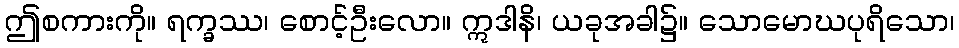
ဤစကားကို။ ရက္ခဿ၊ စောင့်ဦးလော။ ဣဒါနိ၊ ယခုအခါ၌။ သောမောဃပုရိသော၊